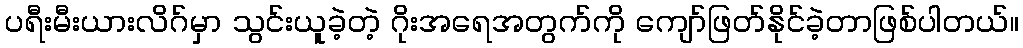
ပရီးမီးယားလိဂ်မှာ သွင်းယူခဲ့တဲ့ ဂိုးအရေအတွက်ကို ကျော်ဖြတ်နိုင်ခဲ့တာဖြစ်ပါတယ်။